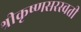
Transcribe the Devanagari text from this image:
श्रीकृष्णसरस्वती